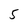
Character: 5